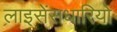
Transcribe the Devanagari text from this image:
लाइसेंसधारियो